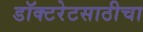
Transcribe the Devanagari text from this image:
डॉक्टरेटसाठीचा